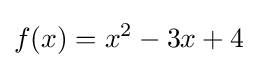
f(x)=x^{2}-3x+4